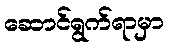
ဆောင်ရွက်ရာမှာ